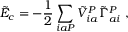
\tilde { E } _ { c } = - \frac { 1 } { 2 } \sum _ { i a P } \tilde { V } _ { i a } ^ { P } \tilde { \Gamma } _ { a i } ^ { P } \; ,